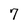
Character: 7